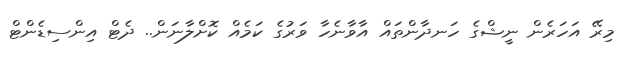
މިރޭ އަހަރެން ނީޝްގެ ހަނދާންތައް އާވާނެހާ ވަރުގެ ކަމެއް ކޮށްލާނަން.. ދެޓް އިންސިޑެންޓް